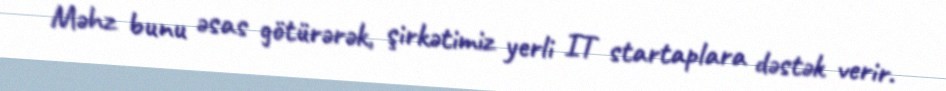
Məhz bunu əsas götürərək, şirkətimiz yerli IT startaplara dəstək verir.